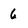
Character: 6